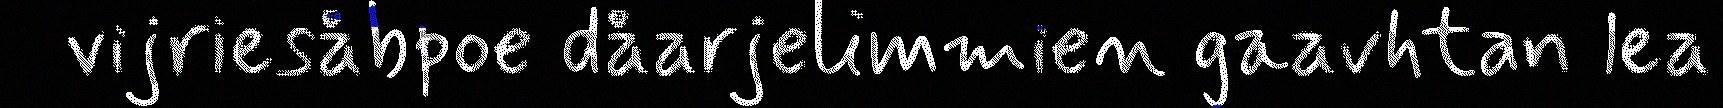
vijriesåbpoe dåarjelimmien gaavhtan lea